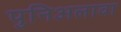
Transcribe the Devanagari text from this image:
पुनिअलावा